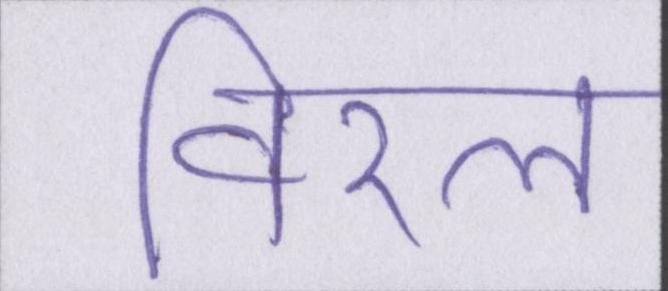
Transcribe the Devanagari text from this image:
विरल